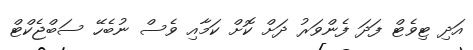
އަދި ޓިވެޓް ފަދަ ފެންވަރު ދަށް ކޮށް ކަމާއި ވެސް ނުބެހޭ ސަބްޖެކްޓް